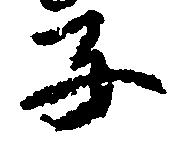
子